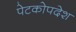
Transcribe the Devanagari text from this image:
पेटकोपदेश